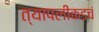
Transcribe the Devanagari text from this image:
त्यापलीकडचं